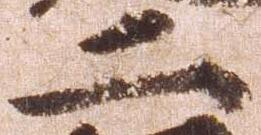
二